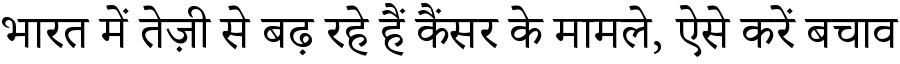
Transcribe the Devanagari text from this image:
भारत में तेज़ी से बढ़ रहे हैं कैंसर के मामले, ऐसे करें बचाव